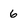
Character: 6